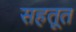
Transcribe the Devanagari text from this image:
सहतूत